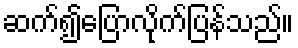
ဆက်၍ပြောလိုက်ပြန်သည်။